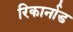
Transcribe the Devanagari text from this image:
रिकार्नाड